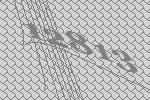
12813